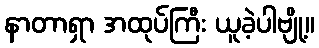
နာတာရှာ အထုပ်ကြီး ယူခဲ့ပါဗျို့။